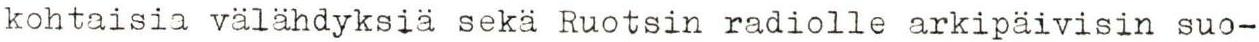
kohtaisia välähdyksiä sekä Ruotsin radiolle arkipäivisin suo-